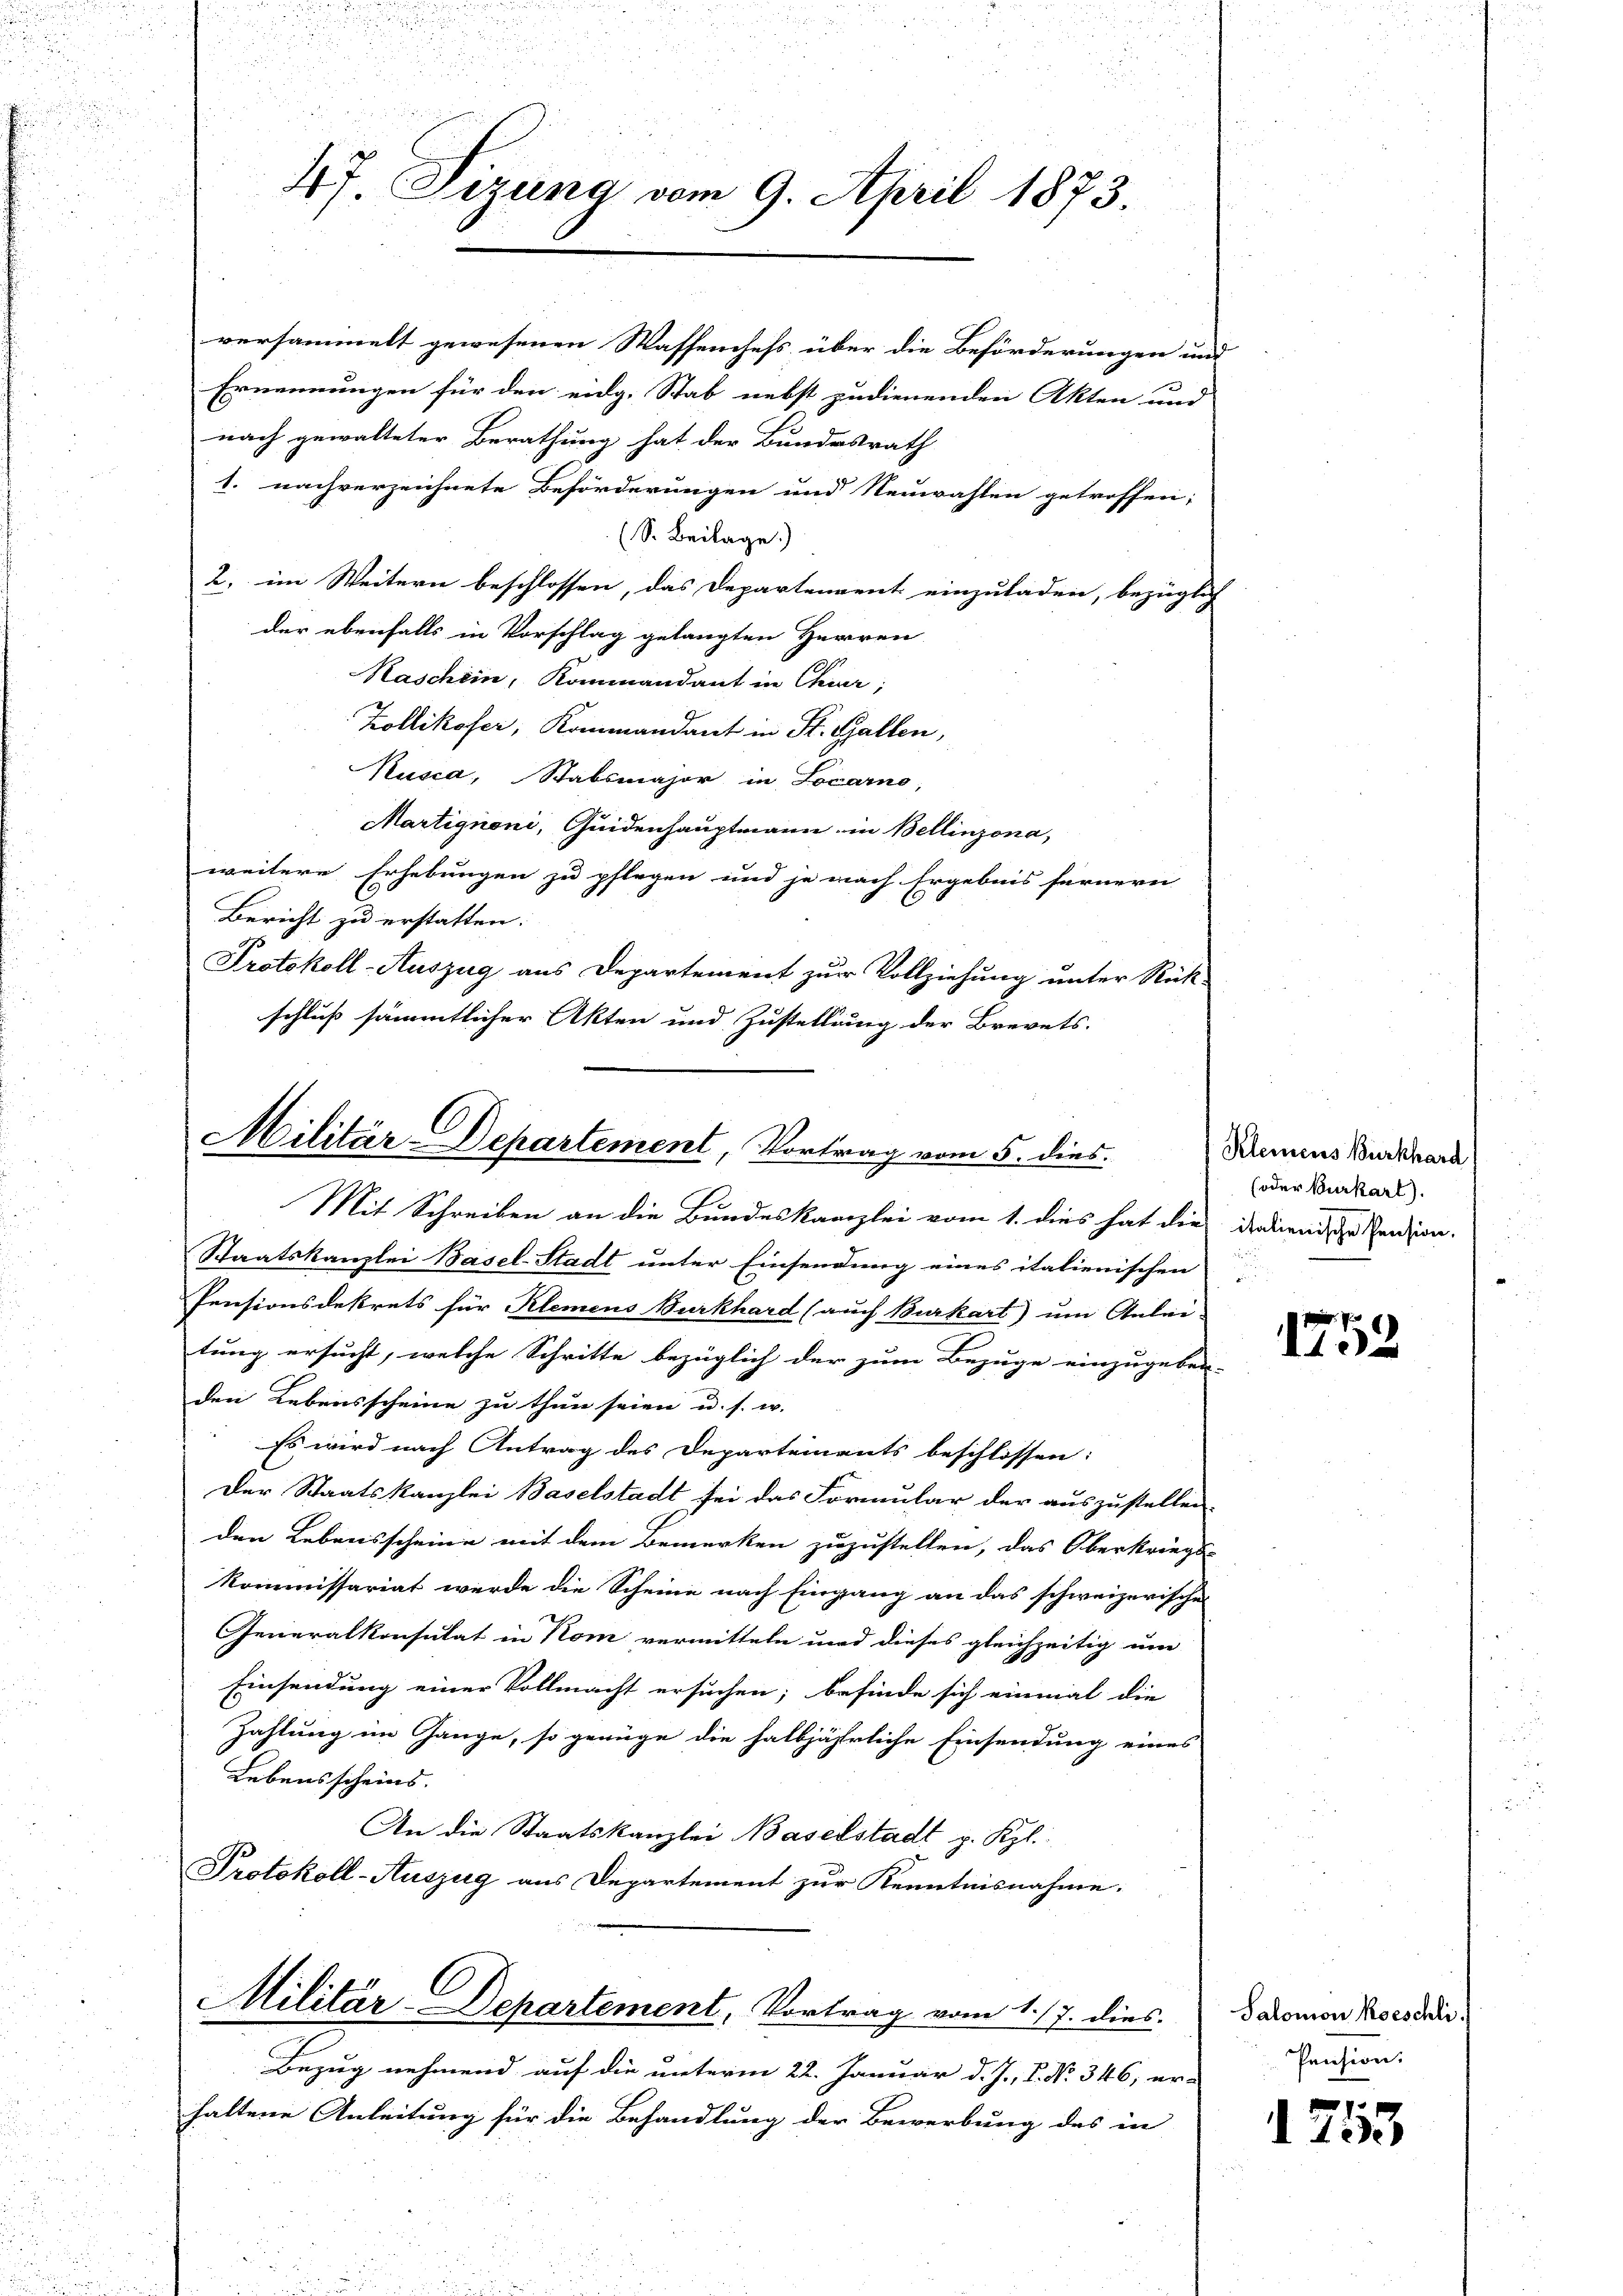
47 Sizung vom 9. April 1873.

versammelt gewesenen Wassenchefs über die Beförderungen und
Ernennungen für den eidg. Stab nebst zudienenden Akten und
nach gewalteter Berathung hat der Bundesrath
1. nachverzeichnete Beförderungen und Neuwahlen getroffen;
(S. Beilage.)
2. im Weitern beschlossen, das Departenvent einzuladen, bezüglich
der ebenfalls in Vorschlag gelangten Herren
Kaschein, Kommandant in Chur;
Zollikofer, Kommandant in St. Gallen,
Kusca, Stabsmajor in Locarno,
Martignoni, Quidenhauptmann in Bellinzona,
weitere Erhebungen zu pflegen und je nach Ergebnis fernern
Bericht zu erstatten.
Protokoll-Auszug aus Departement zur Vollziehung unter Rück-
schluß sämmtlicher Akten und Zustellung der Brevets.

C
Militär-Departement, Vortrag vom 5. dies
Mit Schreiben an die Bundeskanzlei vom 1. dies hat die dadurni der Pension,

Staatskanzlei Basel-Stadt unter Einsendung eines italienischen
Pensionsdekrets für Klemens Burkhard (auch Burkart) um Anlei-
tung ersucht, welche Schritte bezüglich der zum Bezuge einzugeben- |
den Lebensscheine zu thun seien u. s. w.
Es wird nach Antrag des Departements beschlossen:
Der Staatskanzlei Baselstadt sei das Formular der auszustellen.
den Lebensscheine mit dem Bemerken zuzustellen, das Oberkriegs-
Kommissariat werde die Scheine nach Eingang an das schweizerischen
Generalkonsulat in Kom vermitteln und dieses gleichzeitig um
Einsendung einer Vollmacht ersuchen; befinde sich einmal die
Zahlung im Gange, so genüge die halbjährliche Einsendung eines
Lebensscheins.
An die Staatskanzlei Baselstadt p. Kgl.
Protokoll-Auszug aus Departement zur Kenntnisnahme.
Militär-Departement, Vortrag vom 1./7. dies
Bezug nehmend auf die unterm 22. Januar d. J., 1. No 346, er-
haltene Anleitung für die Behandlung der Bewerbung des in

Kleinens Burkhard
(oder Burkart).

152

Salomon Koeschli
Pension.

1253